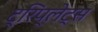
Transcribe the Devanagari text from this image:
ट्रिप्लेट्स